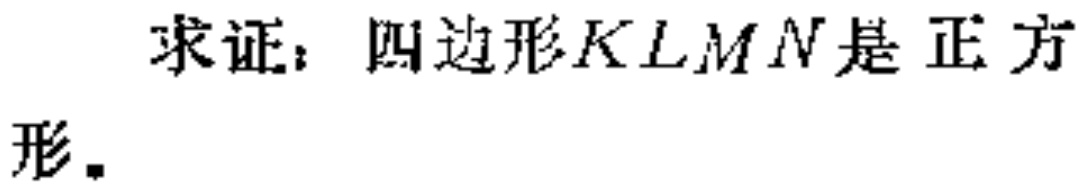
求证：四边形$KLMN$是正方形.